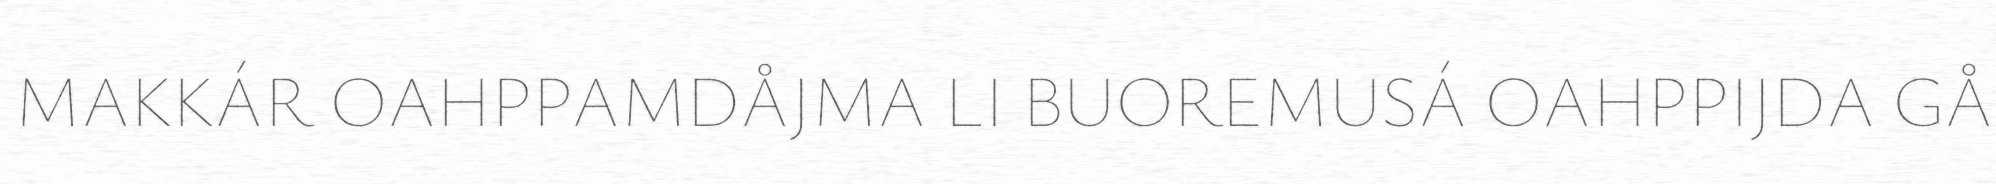
MAKKÁR OAHPPAMDÅJMA LI BUOREMUSÁ OAHPPIJDA GÅ